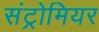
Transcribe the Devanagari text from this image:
संट्रोमियर